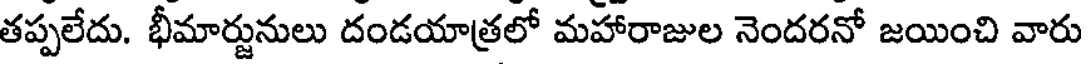
తప్పలేదు. భీమార్జునులు దండయాత్రలో మహారాజుల నెందరనో జయించి వారు